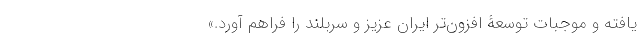
یافته و موجبات توسعۀ افزون‌تر ایران عزیز و سربلند را فراهم آورد.»